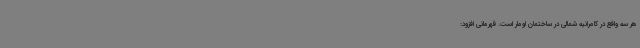
هر سه واقع در کامرانیه شمالی در ساختمان لومار است. قهرمانی افزود: